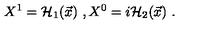
X ^ { 1 } = { \cal H } _ { 1 } ( \vec { x } ) \ , X ^ { 0 } = i { \cal H } _ { 2 } ( \vec { x } ) \ .